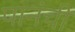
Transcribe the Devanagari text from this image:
पानंची